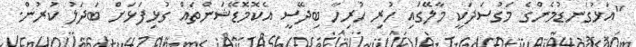
"އަޅުގަނޑުމެންގެ މަގުސަދަކީ މާލޭގައި ހުރި ހުރިހާ ބިދޭސީ އެކޮމޮޑޭޝަންތައް ގުޅިފަޅަށް ބަދަލު ކުރުން.